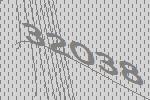
32038